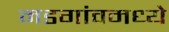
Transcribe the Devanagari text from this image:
मडगांवमध्ये